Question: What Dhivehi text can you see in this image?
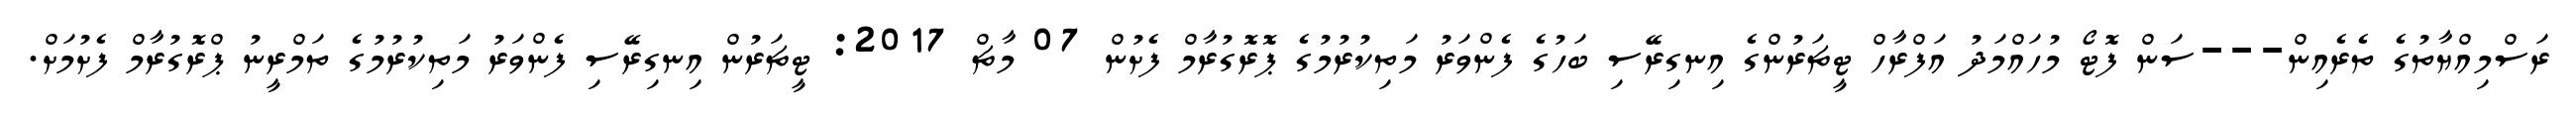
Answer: ރަސްމިއްޔާތުގެ ތެރެއިން---ސަން ފޮޓޯ މުހައްމަދު އަފްރާހް ޓީޗަރުންގެ އިނގިރޭސި ބަހުގެ ފެންވަރު މަތިކުރުމުގެ ޕޮރޮގުރާމް ފެށުން 07 މާޗް 2017: ޓީޗަރުން އިނގިރޭސި ފެންވަރު މަތިކުރުމުގެ ތަމްރީނު ޕްރޮގުރާމް ފެށުމަށް.